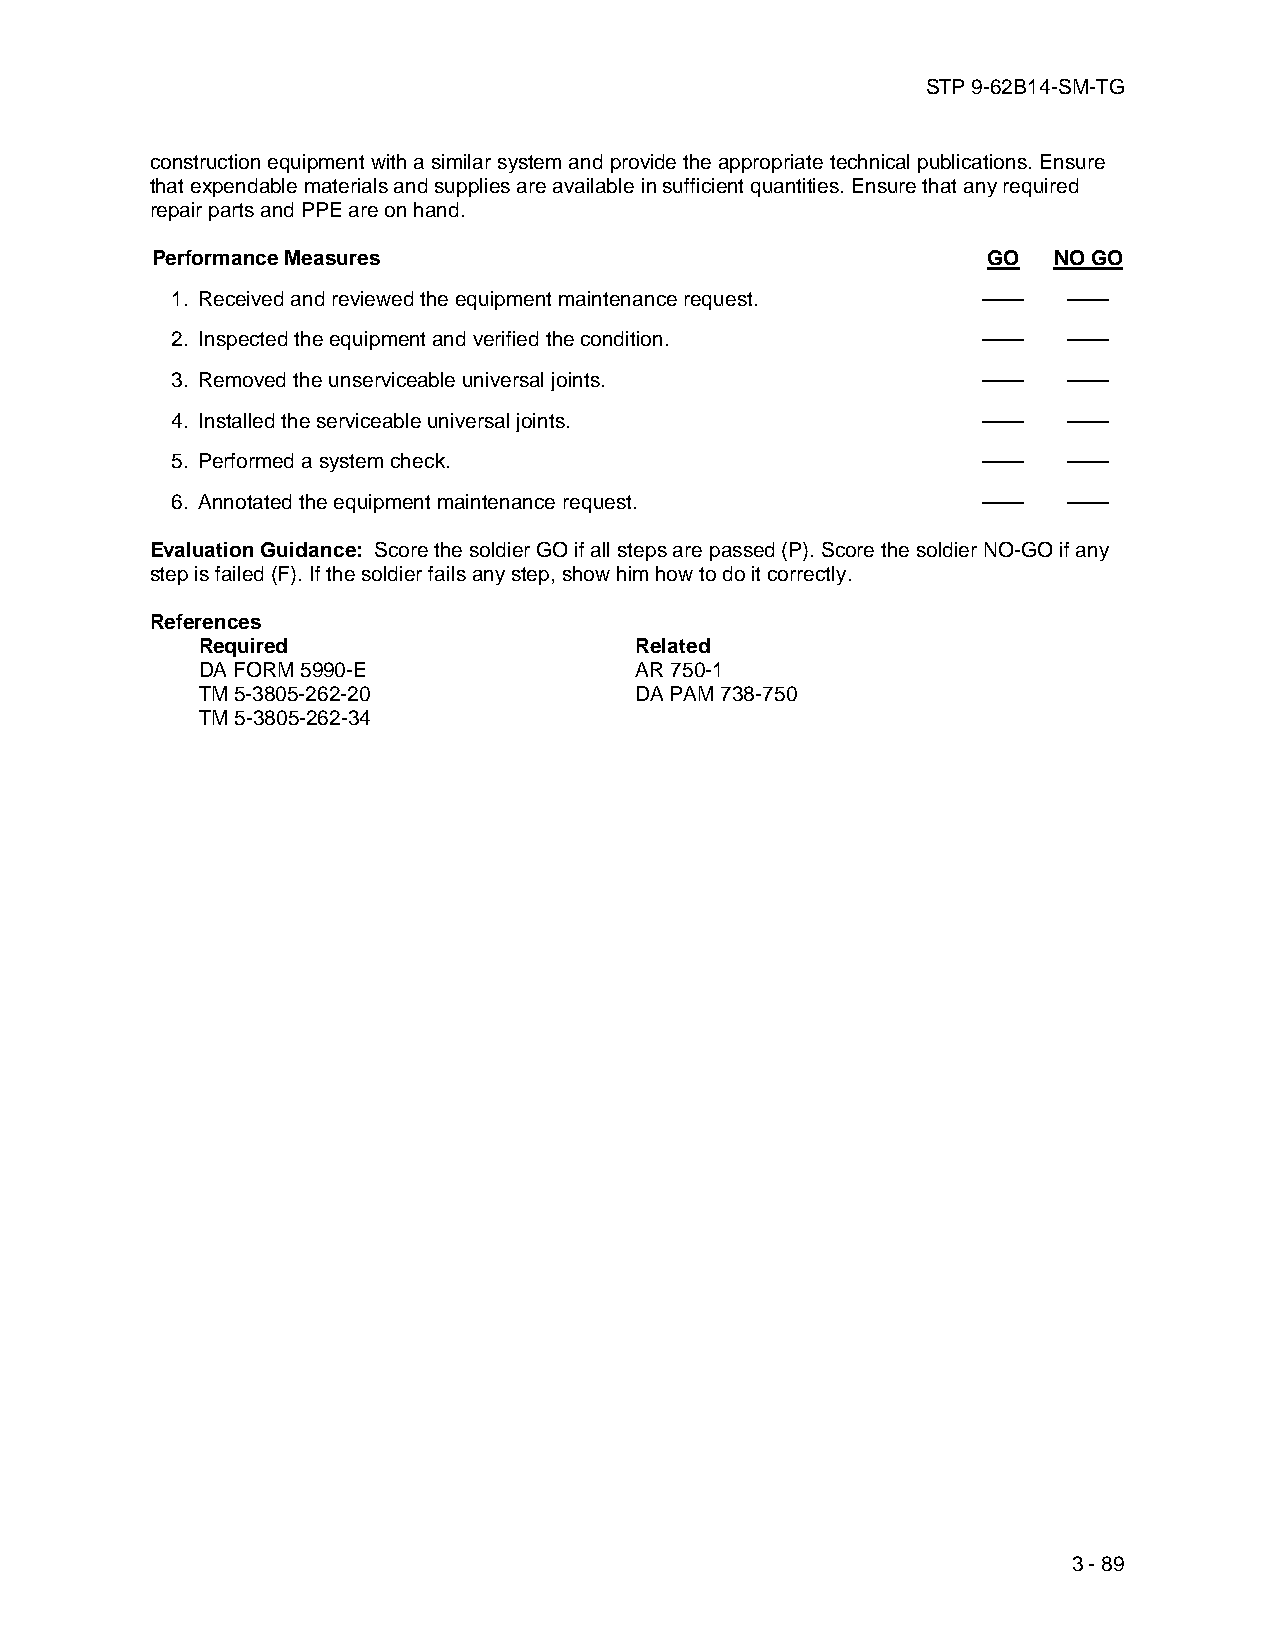
STP 9-62B14-SM-TG
 construction equipment with a similar system and provide the appropriate technical publications. Ensure
 that expendable materials and supplies are available in sufficient quantities. Ensure that any required
 repair parts and PPE are on hand.
 Performance Measures                                   GO   NO GO
 1. Received and reviewed the equipment maintenance request. —— ——
 2. Inspected the equipment and verified the condition. ——   ——
 3. Removed the unserviceable universal joints.        ——    ——
 4. Installed the serviceable universal joints.        ——    ——
 5. Performed a system check.                          ——    ——
 6. Annotated the equipment maintenance request.       ——    ——
 Evaluation Guidance: Score the soldier GO if all steps are passed (P). Score the soldier NO-GO if any
 step is failed (F). If the soldier fails any step, show him how to do it correctly.
 References
 Required                     Related
 DA FORM 5990-E               AR 750-1
 TM 5-3805-262-20             DA PAM 738-750
 TM 5-3805-262-34
 3 - 89